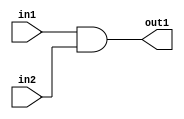
module M_and(in1, in2, out1);
    input in1, in2;
    output out1;
    wire in1, in2;
    wire out1;
    assign out1 = in1 & in2;
endmodule

module M_not(in1, out1);
    input in1;
    output out1;
    wire in1;
    wire out1;
    assign out1 = ~in1;
endmodule

module M_or(in1, in2, out1);
    input in1, in2;
    output out1;
    wire in1, in2;
    wire out1;
    assign out1 = in1 | in2;
endmodule